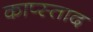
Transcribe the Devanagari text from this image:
काप्स्ताद